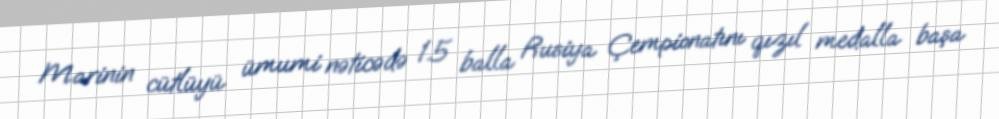
Marinin cütlüyü ümumi nəticədə 1.5 balla Rusiya Çempionatını qızıl medalla başa